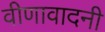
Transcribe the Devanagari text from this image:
वीणावादनी